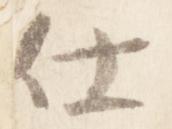
仕